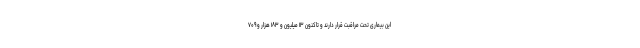
این بیماری تحت مراقبت قرار دارند و تاکنون ۱۳ میلیون و ۱۸۳ هزار و ۷۰۹